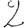
Digit: 2